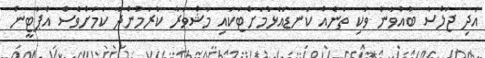
އަދި ޖަލްސާ ބާއްވާނެ ވަކި ތަނެއް ކަނޑައެޅުމަށްޓަކައި މަޝްވަރާ ކުރަމުންދާ ކަމަށްވެސް އެޕާޓީން